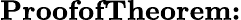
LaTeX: \textbf{ProofofTheorem:}